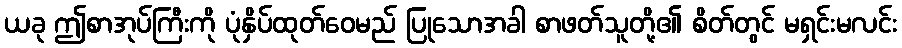
ယခု ဤစာအုပ်ကြီးကို ပုံနှိပ်ထုတ်ဝေမည် ပြုသောအခါ စာဖတ်သူတို့၏ စိတ်တွင် မရှင်းမလင်း